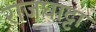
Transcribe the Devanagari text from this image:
राजघाट्टा